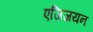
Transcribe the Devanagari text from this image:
एजिजयन